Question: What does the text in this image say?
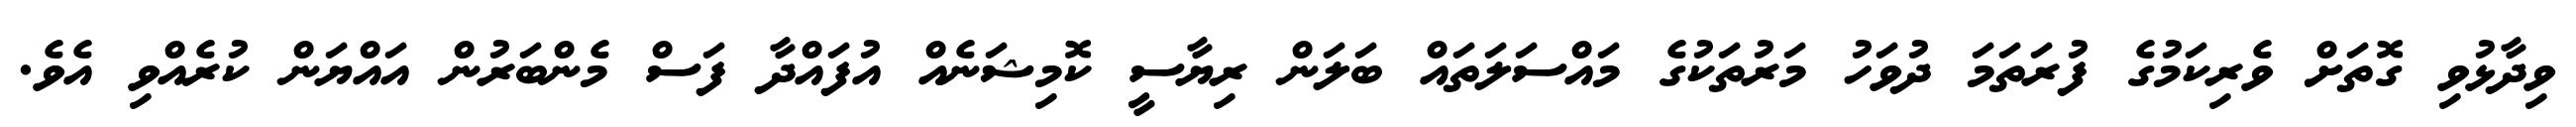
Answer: ވިދާޅުވި ގޮތަށް ވެރިކަމުގެ ފުރަތަމަ ދުވަހު މަރުތަކުގެ މައްސަލަތައް ބަލަން ރިޔާސީ ކޮމިޝަނެއް އުފައްދާ ފަސް މެންބަރުން އައްޔަން ކުރެއްވި އެވެ.